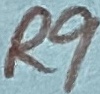
Text: R9